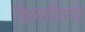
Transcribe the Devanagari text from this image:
डिलाविचे